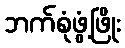
ဘက်စုံဖွံ့ဖြိုး